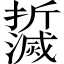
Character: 𤄌